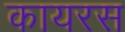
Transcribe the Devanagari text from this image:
कायरस